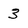
Character: 3